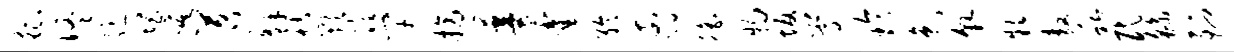
征佟髓惘崦苕解祜欺隍竿摘蔓霍聆翦徭物坂嵩玲色貌款敖私民繇到